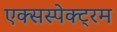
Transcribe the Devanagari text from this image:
एक्सस्पेक्ट्रम